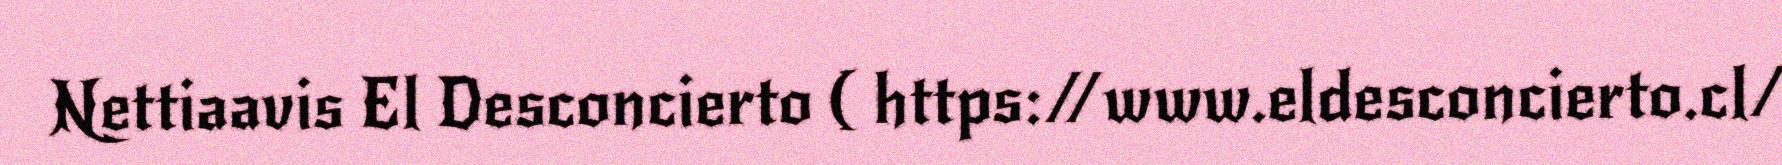
Nettiaavis El Desconcierto ( https://www.eldesconcierto.cl/